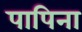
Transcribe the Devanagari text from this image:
पापिना